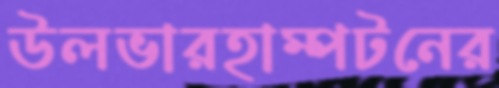
উলভারহাম্পটনের